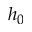
h _ { 0 }